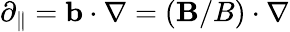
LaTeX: \partial_{\| }=\mathbf{b}\cdot\nabla=(\mathbf{B}/B)\cdot\nabla